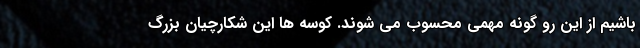
باشیم از این رو گونه مهمی محسوب می شوند. کوسه ها این شکارچیان بزرگ